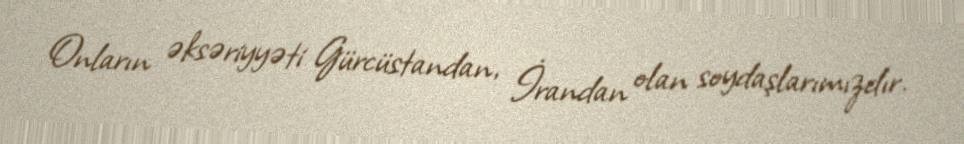
Onların əksəriyyəti Gürcüstandan, İrandan olan soydaşlarımızdır.